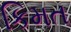
કિમત